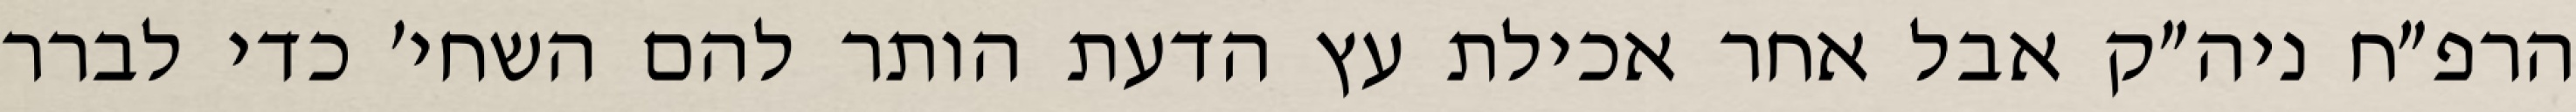
הרפ״ח ניה״ק אבל אחר אכילת עץ הדעת הותר להם השחי׳ כדי לברר